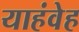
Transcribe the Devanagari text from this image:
याहंवेह